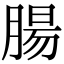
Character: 腸